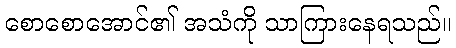
စောစောအောင်၏ အသံကို သာကြားနေရသည်။